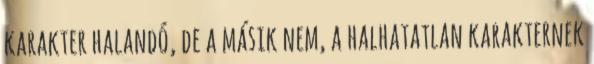
karakter halandó, de a másik nem, a halhatatlan karakternek